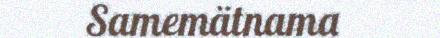
Samemätnama